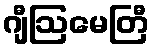
ဂျီဩမေတြီ